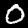
Digit: 0